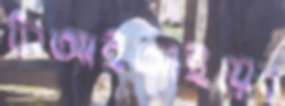
সিআইআইয়ের